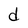
Character: d